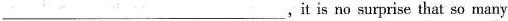
___,it is no surprise that so many